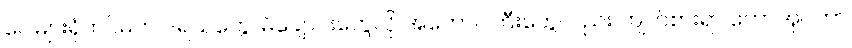
ပေါများရုံတင်မက ဒရယ်တွေ၊ မိချောင်းတွေလို အကောင်ကြီးတွေလည်း ကျက်စားရာ တောအုပ်ဟာ